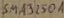
Text: SMA32501